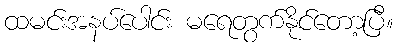
ထမင်းအနပ်ပေါင်း မရေတွက်နိုင်တော့ပြီ။